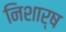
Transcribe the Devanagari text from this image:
निशार्ष